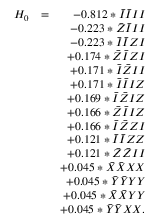
\begin{array} { r l r } { H _ { 0 } } & { = } & { - 0 . 8 1 2 * \bar { I } \bar { I } I I } \\ & { } & { - 0 . 2 2 3 * \bar { Z } \bar { I } I I } \\ & { } & { - 0 . 2 2 3 * \bar { I } \bar { I } Z I } \\ & { } & { + 0 . 1 7 4 * \bar { Z } \bar { I } Z I } \\ & { } & { + 0 . 1 7 1 * \bar { I } \bar { Z } I I } \\ & { } & { + 0 . 1 7 1 * \bar { I } \bar { I } I Z } \\ & { } & { + 0 . 1 6 9 * \bar { I } \bar { Z } I Z } \\ & { } & { + 0 . 1 6 6 * \bar { Z } \bar { I } I Z } \\ & { } & { + 0 . 1 6 6 * \bar { I } \bar { Z } Z I } \\ & { } & { + 0 . 1 2 1 * \bar { I } \bar { I } Z Z } \\ & { } & { + 0 . 1 2 1 * \bar { Z } \bar { Z } I I } \\ & { } & { + 0 . 0 4 5 * \bar { X } \bar { X } X X } \\ & { } & { + 0 . 0 4 5 * \bar { Y } \bar { Y } Y Y } \\ & { } & { + 0 . 0 4 5 * \bar { X } \bar { X } Y Y } \\ & { } & { + 0 . 0 4 5 * \bar { Y } \bar { Y } X X . } \end{array}